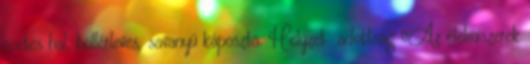
ecetes hal, böllérleves, savanyú káposzta. Helyzet adottság ▪Az élelmiszerek